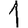
Digit: 1